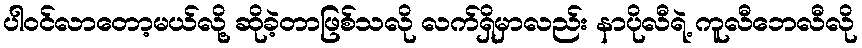
ပါဝင်လာတော့မယ်လို့ ဆိုခဲ့တာဖြစ်သလို လက်ရှိမှာလည်း နာပိုလီရဲ့ ကူလီဘေလီလို